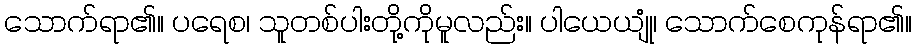
သောက်ရာ၏။ ပရေစ၊ သူတစ်ပါးတို့ကိုမူလည်း။ ပါယေယျုံ၊ သောက်စေကုန်ရာ၏။